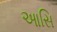
આસિ